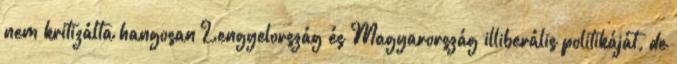
nem kritizálta hangosan Lengyelország és Magyarország illiberális politikáját, de